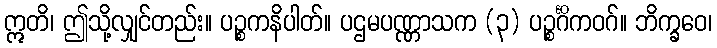
ဣတိ၊ ဤသို့လျှင်တည်း။ ပဉ္စကနိပါတ်။ ပဌမပဏ္ဏာသက (၃) ပဉ္စင်္ဂိကဝဂ်။ ဘိက္ခဝေ၊